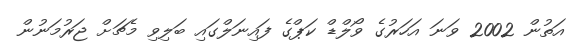
އަތުން 2002 ވަނަ އަހަރުގެ ވޯލްޑް ކަޕްގެ ފައިނަލްގައި ބަލިވި މެޗަށް ޖަރުމަނުން